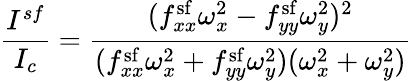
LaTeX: \frac{I^{sf}}{I_{c}}=\frac{(f_{xx}^{\mathrm{sf}}\omega_{x}^{2}-f_{yy}^{\mathrm{sf}}\omega_{y}^{2})^{2}}{(f_{xx}^{\mathrm{sf}}\omega_{x}^{2}+f_{yy}^{\mathrm{sf}}\omega_{y}^{2})(\omega_{x}^{2}+\omega_{y}^{2})}